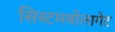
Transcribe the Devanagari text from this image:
सिस्टमबोलागेट